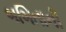
બબિતાની